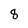
Character: 8